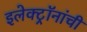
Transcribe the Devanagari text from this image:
इलेक्ट्रॉनांची